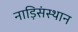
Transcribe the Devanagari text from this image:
नाड़िसंस्थान